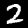
Label: 2